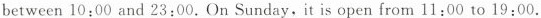
between 10:00 and 23:00. On Sunday,it is open from 11:00 to 19:00.